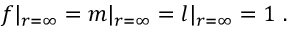
f | _ { r = \infty } = m | _ { r = \infty } = l | _ { r = \infty } = 1 \ .